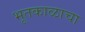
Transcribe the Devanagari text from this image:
भूतकाळाचा